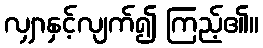
လျှာနှင့်လျက်၍ ကြည့်၏။